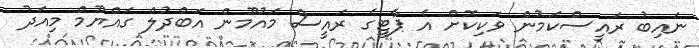
ނައިބު ރައީސްކަމުން ވަކިކޮށް އެ ޕާޓީގެ ރައީސް މައުމޫން އަބްދުލް ގައްޔޫމް މިއަދު